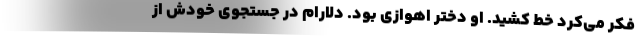
فکر می‌کرد خط کشید. او دختر اهوازی بود. دلارام در جستجوی خودش از